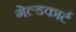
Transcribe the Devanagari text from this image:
गेल्डकार्ट